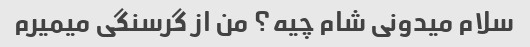
سلام میدونی شام چیه؟ من از گرسنگی میمیرم